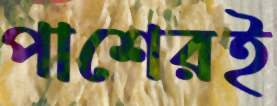
পাশেরই